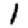
Digit: 1